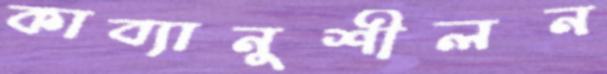
কাব্যানুশীলন